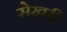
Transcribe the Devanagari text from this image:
सेखरी